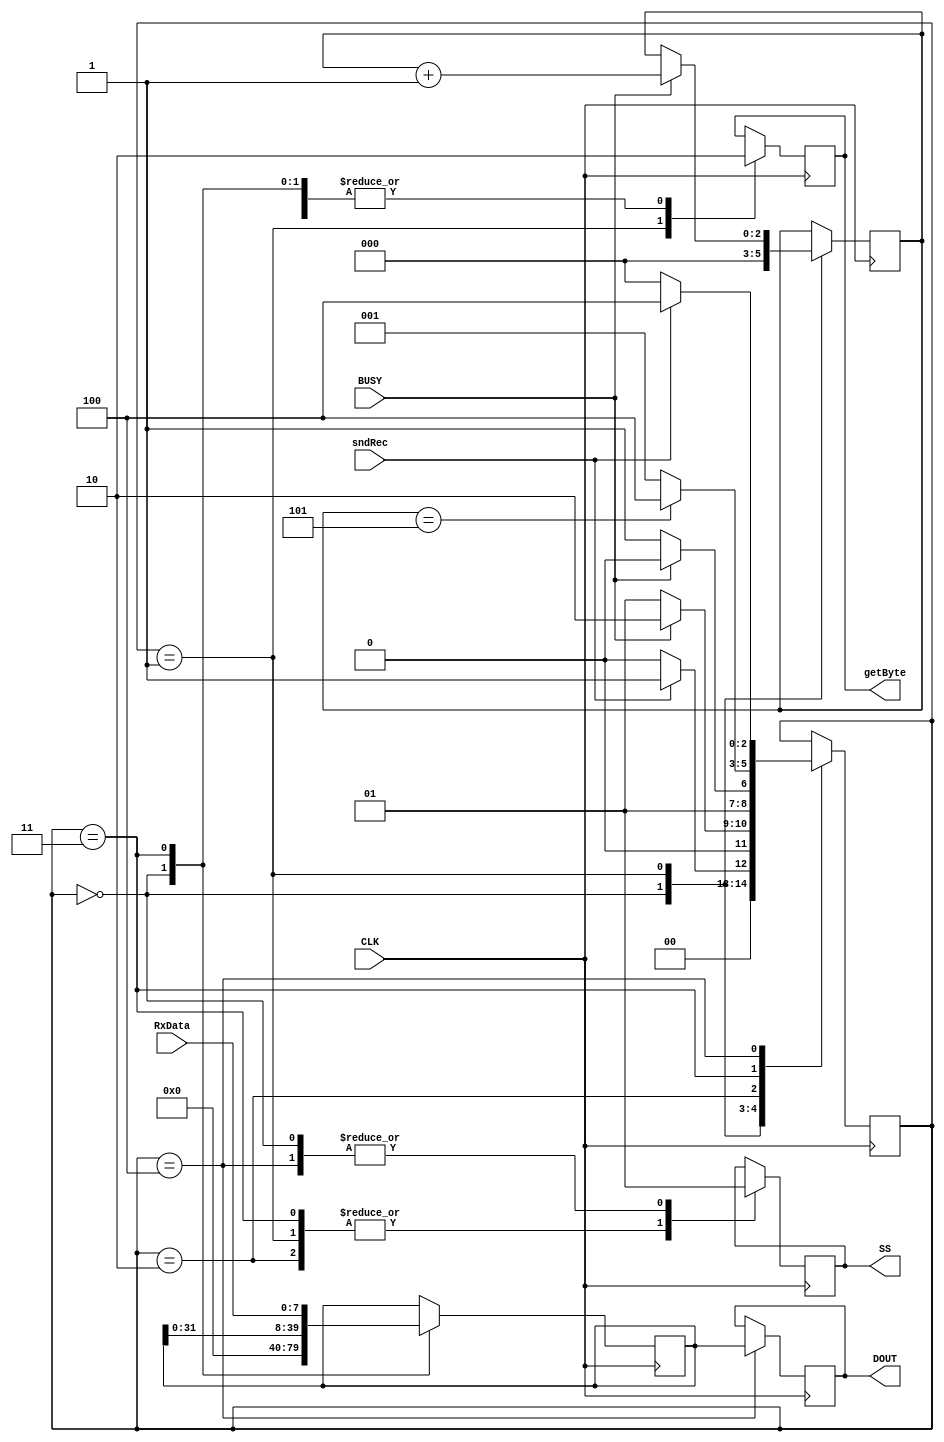
module joy_control(
	input CLK,
	input sndRec,
	input BUSY,
	input [7:0] RxData,
    output SS,
	output reg getByte,
	output reg [39:0] DOUT
);

reg SS = 1;
reg [2:0] pState = 0;
reg [2:0] byteCnt = 0;
reg [39:0] tmpSR = 0;

always @(negedge CLK)
begin	
	case(pState)
		// Idle
		0 : begin
            SS <= 1;
			getByte <= 0;
			tmpSR <= 0;
			byteCnt <= 0;
			pState <= sndRec ? 1 : 0;						
		end

		// Init
		1 : begin
            SS <= 0;
			getByte <= 1;
			if(BUSY)
			begin
				pState <= 2;
				byteCnt <= byteCnt + 1;
			end
			else
				pState <= 1;
										
		end

		// Wait
		2 : begin
            SS <= 0;
			getByte <= 0;
			pState <= BUSY ? 2 : 3;
		end

		// Check
		3 : begin
            SS <= 0;
			getByte <= 0;
			tmpSR <= {tmpSR[31:0], RxData};
			pState <= byteCnt == 5 ? 4 : 1;
		end

		// Done
		4 : begin
            SS <= 1;
			getByte <= 0;
			DOUT[39:0] <= tmpSR[39:0];
			pState <= sndRec ? 4 : 0;
		end
	endcase
end

endmodule